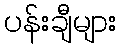
ပန်းချီများ